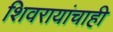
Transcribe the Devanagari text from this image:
शिवरायांचाही